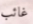
غائب